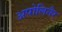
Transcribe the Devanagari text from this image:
अपोलिनैर